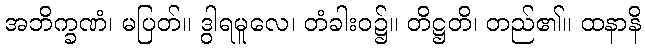
အဘိက္ခဏံ၊ မပြတ်။ ဒွါရမူလေ၊ တံခါးဝ၌။ တိဋ္ဌတိ၊ တည်၏။ ထနာနိ